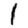
Digit: 1